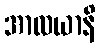
အာလယာနိ